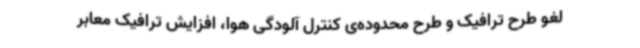
لغو طرح ترافیک و طرح محدوده‌ی کنترل آلودگی هوا، افزایش ترافیک معابر